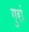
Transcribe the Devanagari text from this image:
गुरां